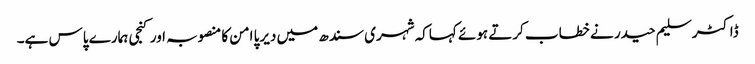
ڈاکٹر سلیم حیدر نے خطاب کرتے ہوئے کہاکہ شہری سندھ میں دیرپا امن کا منصوبہ اور کنجی ہمارے پاس ہے۔